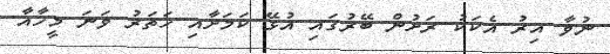
ނުވާ އިރު އެކަކު ރަށުން ބޭރުގައި އުޅޭ ކަމަށާއި ހަތަރު ވަނަ މީހާއާ